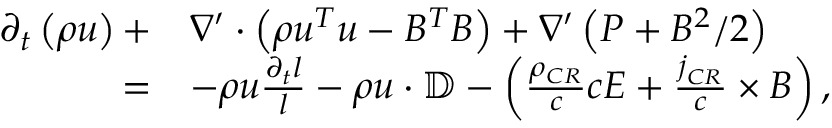
\begin{array} { r l } { \partial _ { t } \left( \rho \boldsymbol { u } \right) + } & { \nabla ^ { \prime } \cdot \left( \rho \boldsymbol { u ^ { T } } \boldsymbol { u } - \boldsymbol { B ^ { T } } \boldsymbol { B } \right) + \nabla ^ { \prime } \left( P + B ^ { 2 } / 2 \right) } \\ { = } & { - \rho \boldsymbol { u } \frac { \partial _ { t } l } { l } - \rho \boldsymbol { u } \cdot \mathbb { D } - \left( \frac { \rho _ { C R } } { c } c \boldsymbol { E } + \frac { \boldsymbol { j } _ { C R } } { c } \times \boldsymbol { B } \right) , } \end{array}